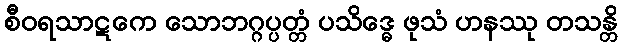
စီဝရသာဋကေ သောဘဂ္ဂပ္ပတ္တံ ပသိဒ္ဓေ ဖုသံ ဟနဿု တသန္တိ